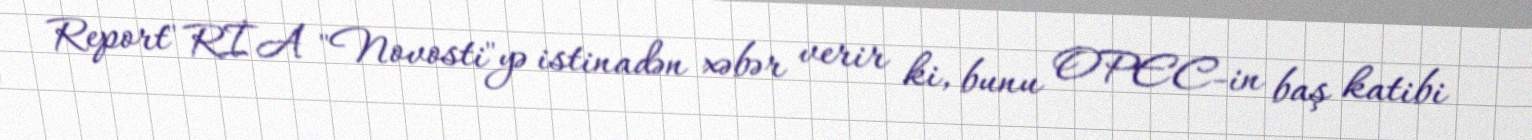
Report" RİA "Novosti"yə istinadən xəbər verir ki, bunu OPEC-in baş katibi